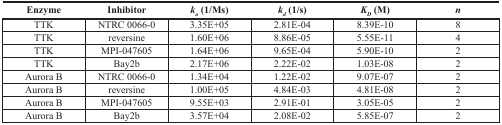
<table><thead><tr><td><b>Enzyme</b></td><td><b>Inhibitor</b></td><td><b><i>k<sub>a</sub></i> (1/Ms)</b></td><td><b><i>k<sub>d</sub></i> (1/s)</b></td><td><b><i>K<sub>D</sub></i> (M)</b></td><td><b><i>n</i></b></td></tr></thead><tbody><tr><td>TTK</td><td>NTRC 0066-0</td><td>3.35E+05</td><td>2.81E-04</td><td>8.39E-10</td><td>8</td></tr><tr><td>TTK</td><td>reversine</td><td>1.60E+06</td><td>8.86E-05</td><td>5.55E-11</td><td>4</td></tr><tr><td>TTK</td><td>MPI-047605</td><td>1.64E+06</td><td>9.65E-04</td><td>5.90E-10</td><td>2</td></tr><tr><td>TTK</td><td>Bay2b</td><td>2.17E+06</td><td>2.22E-02</td><td>1.03E-08</td><td>2</td></tr><tr><td>Aurora B</td><td>NTRC 0066-0</td><td>1.34E+04</td><td>1.22E-02</td><td>9.07E-07</td><td>2</td></tr><tr><td>Aurora B</td><td>reversine</td><td>1.00E+05</td><td>4.84E-03</td><td>4.81E-08</td><td>2</td></tr><tr><td>Aurora B</td><td>MPI-047605</td><td>9.55E+03</td><td>2.91E-01</td><td>3.05E-05</td><td>2</td></tr><tr><td>Aurora B</td><td>Bay2b</td><td>3.57E+04</td><td>2.08E-02</td><td>5.85E-07</td><td>2</td></tr></tbody></table>